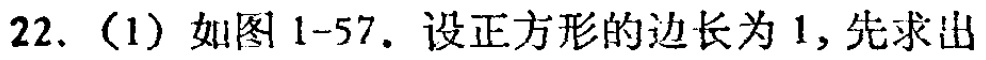
22.（1）如图1-57. 设正方形的边长为1, 先求出